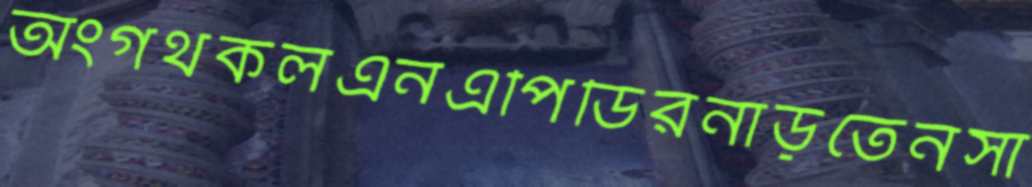
অংগথকলএনএপিডিরনাড়তেনসা